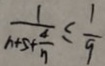
\frac { 1 } { n + 5 + \frac { 4 } { n } } \leq \frac { 1 } { 9 }